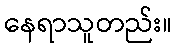
နေရာသူတည်း။